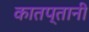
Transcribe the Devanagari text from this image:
कातप्तानी